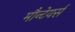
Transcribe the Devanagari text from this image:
मौन्टेयर्स